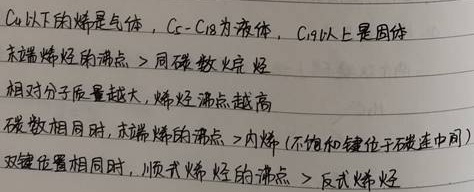
\(C_4\)以下的烯烃是气体，\(C_5 - C_{18}\)为液体，\(C_{19}\)以上是固体。末端烯烃的沸点>同碳数烷烃；相对分子质量越大，烯烃沸点越高。碳数相同时，末端烯的沸点>内烯（不饱和键位于碳链中间）；双键位置相同时，顺式烯烃的沸点>反式烯烃。